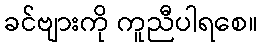
ခင်ဗျားကို ကူညီပါရစေ။